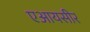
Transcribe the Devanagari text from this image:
एआयसीर